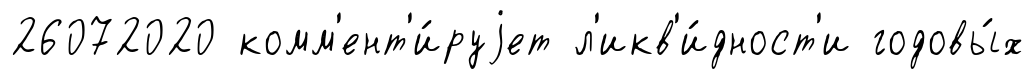
26072020 комм'ент'и́руjет л'икв'и́дност'и годовы́х